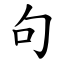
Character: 句